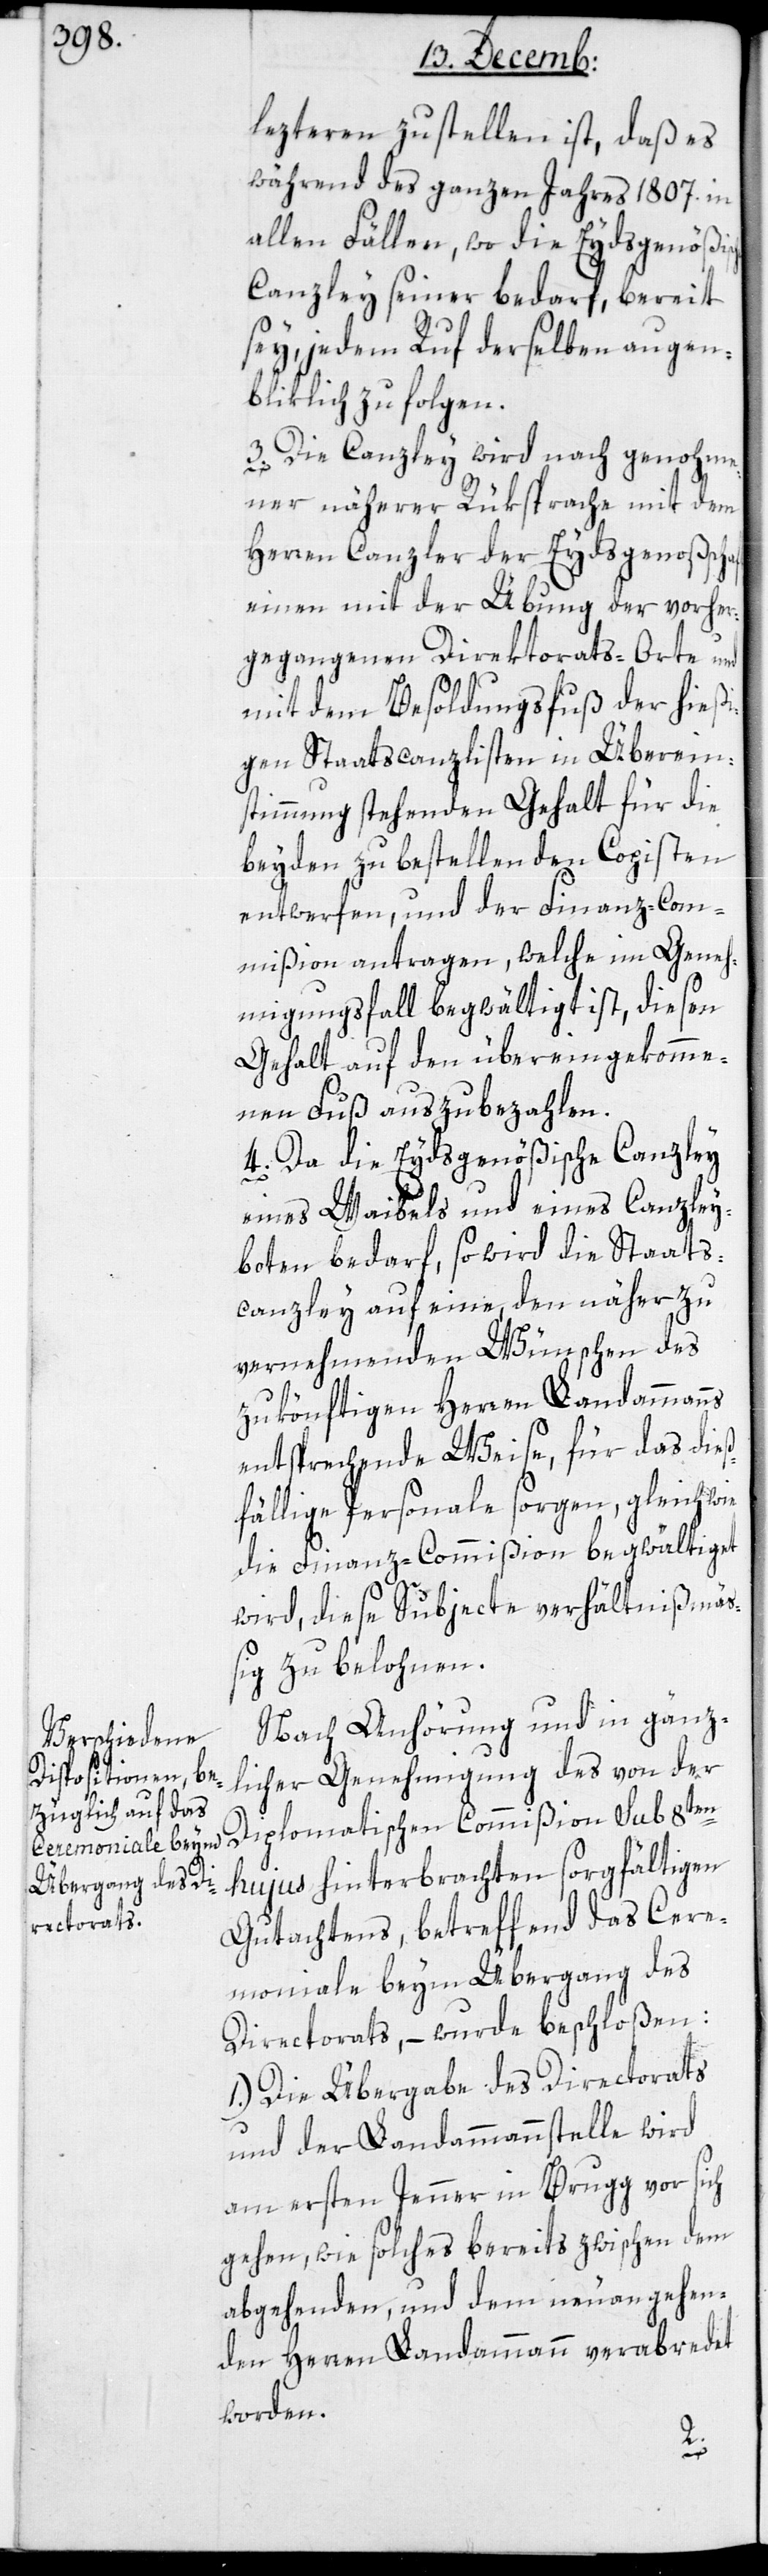
lezteren zu stellen ist, daß es
während des ganzen Jahres 1807. in
allen Fällen, wo die Eydsgenößis¬
Canzley seiner bedarf, bereit
sey, jedem Ruf derselben augen¬
bliklich zu folgen.
3. Die Canzley wird nach genohme¬
ner näherer Rüksprache mit dem
Herren Canzler der Eydsgenoßscha¬
einen mit der Übung der vorher¬
gegangenen Direktorats-Orte und
mit dem Besoldungsfuß der hießi¬
gen Staatscanzlisten in Überein¬
stimmung stehenden Gehalt für die
beyden zu beßtellenden Copisten
entwerfen, und der Finanz-Com¬
mißion antragen, welche im Geneh¬
migungsfall begwältigt ist, diesen
Gehalt auf den übereingekomme¬
nen Fuß auszubezahlen.
4. Da die Eydsgenößische Canzley
eines Waibels und eines Canzley¬
boten bedarf, so wird die Staats¬
canzley auf eine, den näher zu
vernehmenden Wünschen des
zukönftigen Herren Landammanns
entsprechende Weise, für das dieß¬
fällige Personale sorgen, gleich wie
die Finanz-Commißion begwältiget
wird, diese Subjecte verhältnißmäß¬
ig zu belohnen.
Nach Anhörung und in gänz¬
licher Genehmigung des von der
Diplomatischen Commißion sub 8ten
hujus hinterbrachten sorgfältigen
Gutachtens, betreffend das Cere¬
moniale beym Übergang des
Directorats, – wurde beschloßen:
1.) Die Übergabe des Directorats
und der Landammannstelle wird
am ersten Jenner in Brugg vor sich
gehen, wie solches bereits zwischen dem
abgehenden und dem neuangehen¬
den Herren Landammann verabredet
worden.
ft,